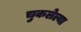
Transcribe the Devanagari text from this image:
चुकलेल्या